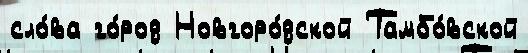
сло́ва го́род Новгоро́дской Тамбо́вской